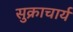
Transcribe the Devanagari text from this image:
सुक्राचार्य